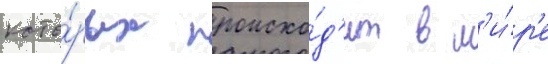
кото́рых происхо́д'ит в м'и́р'е